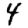
Digit: 4